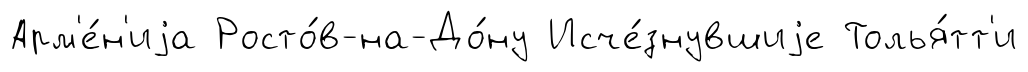
Арм'е́н'иjа Росто́в-на-До́ну Исче́знувшиjе Толья́тт'и